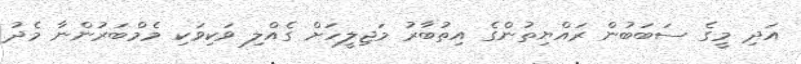
އަދި މީގެ ސަބަބުން ރައްޔިތުންގެ އިތުބާރު މަޖިލީހަށް ގެއްލި ވަކިވަކި މެމްބަރުންނާ މެދު